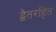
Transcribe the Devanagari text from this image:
द्वैतरहित